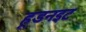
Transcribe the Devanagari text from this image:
हूडनइट